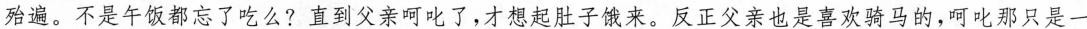
殆遍。不是午饭都忘了吃么?直到父亲呵叱了,才想起肚子饿来。反正父亲也是喜欢骑马的,呵叱那只是一